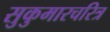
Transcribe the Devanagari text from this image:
सुकुमारचरित्र